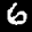
Label: 6